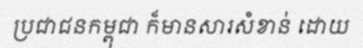
ប្រជាជនកម្ពុជា ក៏មានសារសំខាន់ ដោយ